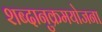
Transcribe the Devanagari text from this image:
शब्दानुक्रमयोजना